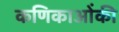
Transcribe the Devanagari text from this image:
कणिकाओंकी